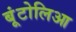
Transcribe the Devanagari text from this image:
बूंटोलिआ